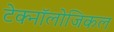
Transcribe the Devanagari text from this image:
टेक्नॉलोजिकल